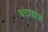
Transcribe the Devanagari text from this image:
घटाकाश